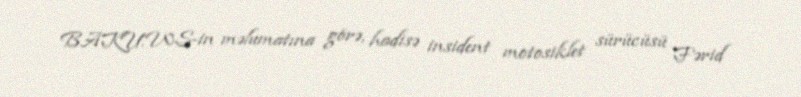
BAKU.WS-in məlumatına görə, hadisə insident motosiklet sürücüsü Fərid